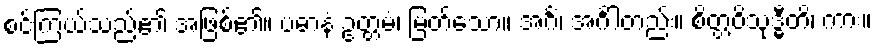
စင်ကြယ်သည်၏ အဖြစ်၏။ ပဓာနံ ဥတ္တမံ၊ မြတ်သော။ အင်္ဂံ၊ အင်္ဂါတည်း။ စိတ္တဝိသုဒ္ဓီတိ၊ ကား။